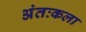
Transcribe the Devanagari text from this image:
अंतःकला